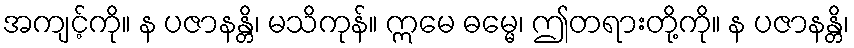
အကျင့်ကို။ န ပဇာနန္တိ၊ မသိကုန်။ ဣမေ ဓမ္မေ၊ ဤတရားတို့ကို။ န ပဇာနန္တိ၊